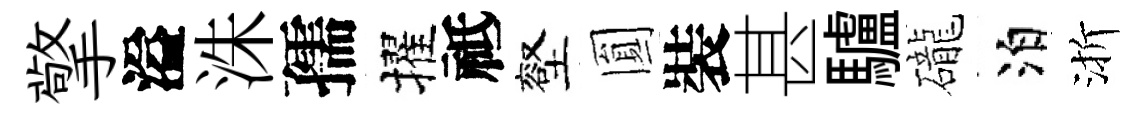
擎溢洙孺擢祗壑圎裝甚驢礲泊渐